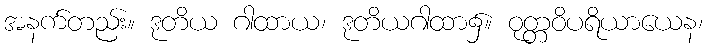
အနက်တည်း။ ဒုတိယ ဂါထာယ၊ ဒုတိယဂါထာ၌။ ဝုတ္တဝိပရိယာယေန၊